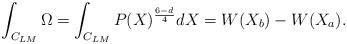
LaTeX: \begin{align*}\int_{C_{LM}} \Omega = \int_{C_{LM}} P(X)^{\frac{6-d}{4}} dX = W(X_b)-W(X_a). \end{align*}